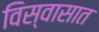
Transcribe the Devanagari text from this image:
विस्वासात